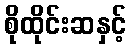
စိုထိုင်းဆနှင့်